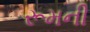
રૂમની